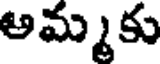
అమ్మకు